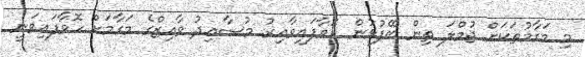
މި މަގާމުތަކަށް ޖުމްލަ ތިން ބޭފުޅުން ހޮވާފައިވާއިރު މުސާއިދު ވާއިޒްގެ މަގާމަށް ހޮވާފައިވަނީ